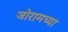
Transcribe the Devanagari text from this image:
जोरामच्या